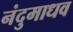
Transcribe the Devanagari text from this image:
नंदुमाधव